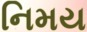
નિમય